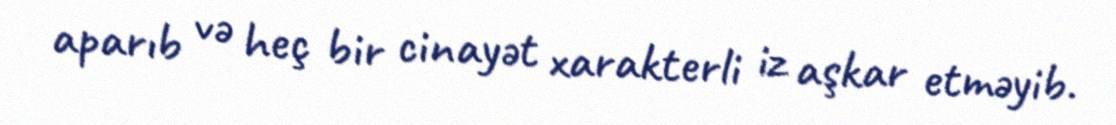
aparıb və heç bir cinayət xarakterli iz aşkar etməyib.